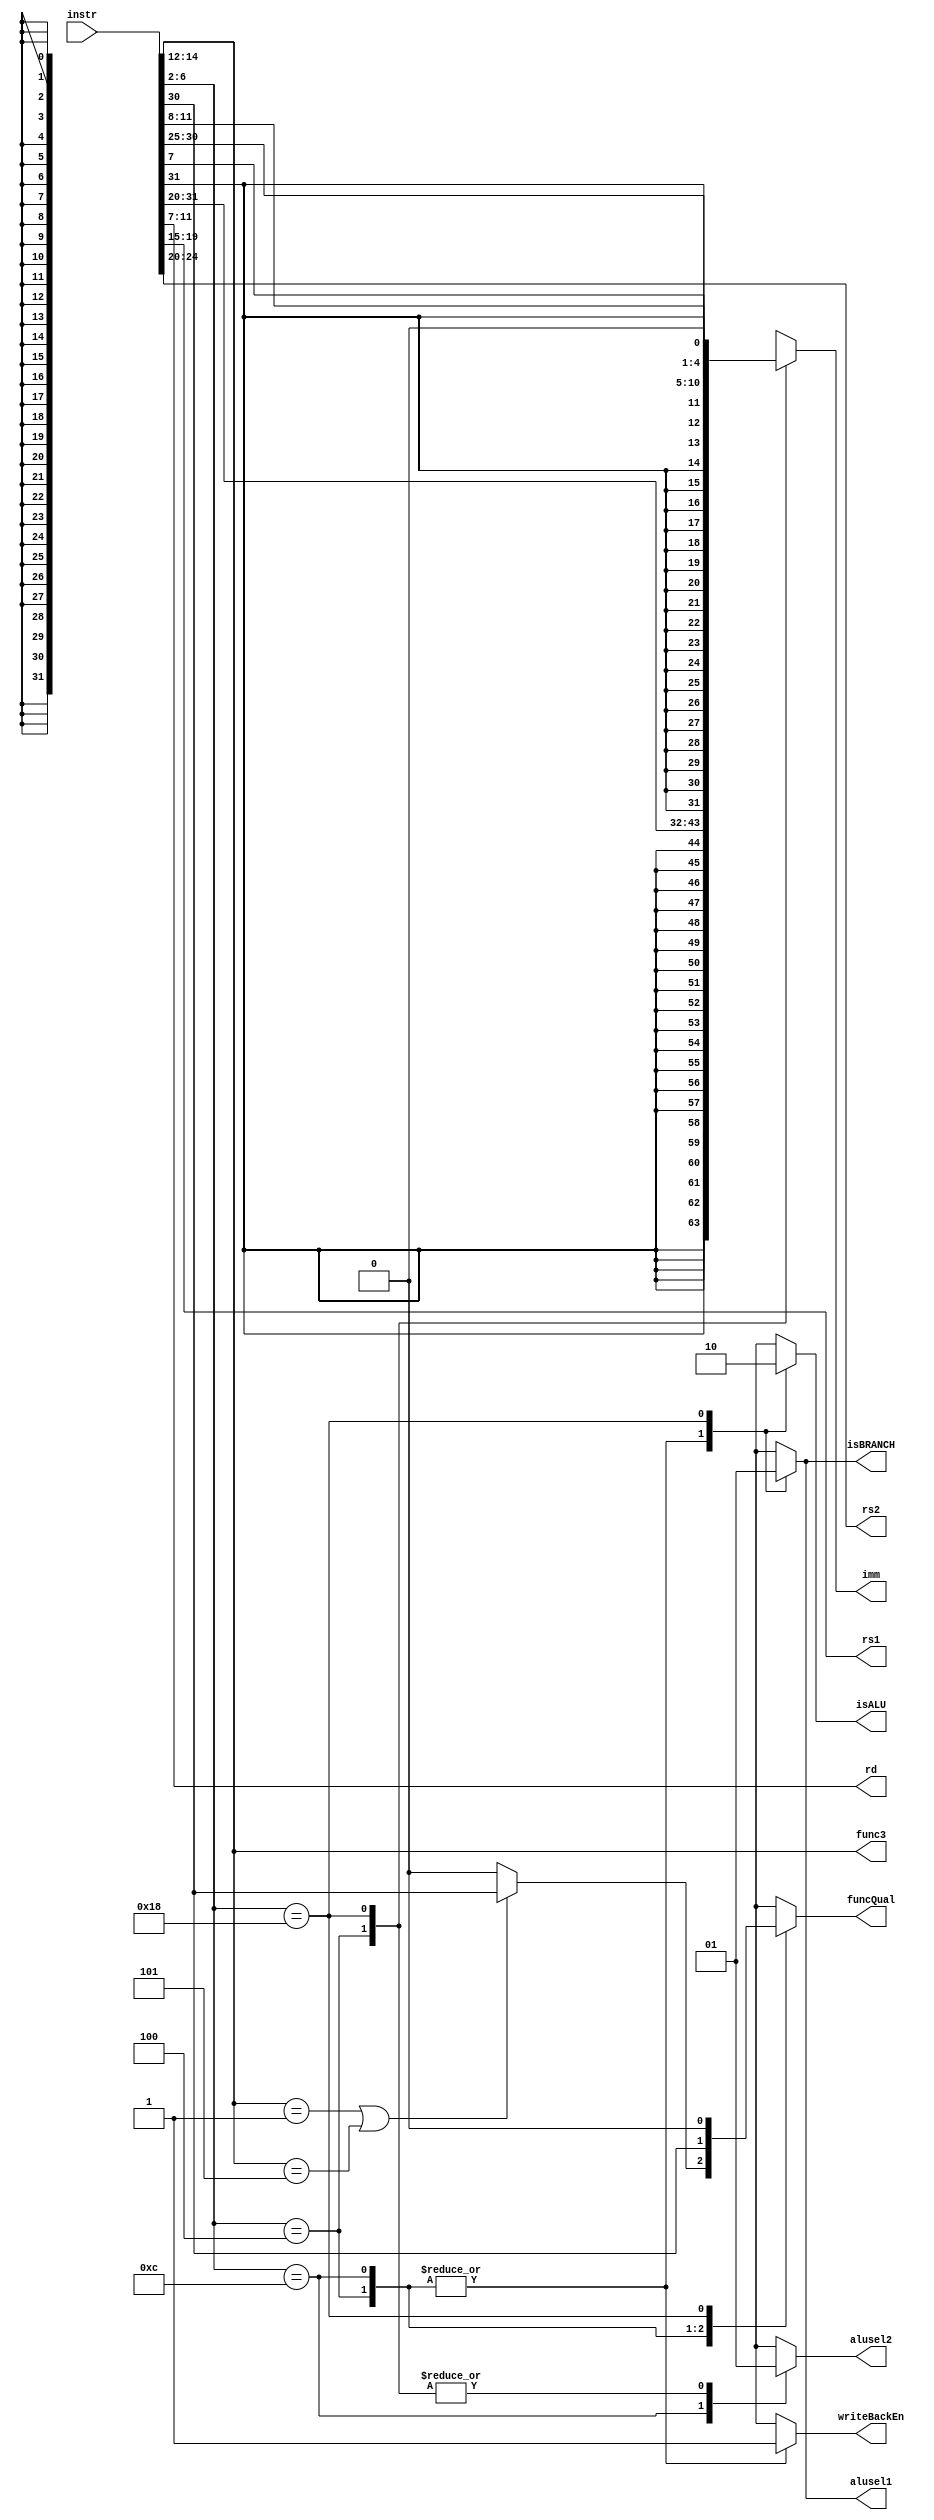
///////////////////////////////////////////
// Module mini_decoder.v   
//                                         
// Info:  Verilog Code for mini decoder
//        Decoder for RISCV
//  
///////////////////////////////////////////

module mini_decoder
(
   input wire [31:0]          instr,          //The instruction to be deocded 
   
   output reg           writeBackEn,          //Asserted when writing to a reg
   output wire [4:0]             rd,          //The register to be written back
   output wire [4:0]            rs1,          //Register output 1
   output wire [4:0]            rs2,          //Register output 2

   output [2:0]               func3,         //Operation done by ALU
   output reg              funcQual,         //Operation Qualifier

   output reg               alusel1,         //   alu sel1        alusel 2  
   output reg               alusel2,         // 0  : Register   0  : Register
                                             // 1  :    PC      1  :    imm 

   output reg                 isALU,         // Control signal for ALU operation
   output reg              isBRANCH,         // Control signal for Branch operation
   output reg [31:0]            imm          //Immediate Value decoded from the instruction
);


    //Decoding:
    assign rd        =  instr[11:7];       //Rd Register
    assign rs1       = instr[19:15];       //Rs1 Register
    assign rs2       = instr[24:20];       //Rs2 Register
    assign func3     = instr[14:12];       //Decides the operation


    //Five Immediate formats:
    wire [31:0] Iimm = {{21{instr[31]}}, instr[30:20]}; 
    wire [31:0] Bimm = {{20{instr[31]}}, instr[7], instr[30:25], instr[11:8], 1'b0};
    //wire [31:0] Jimm = {{12{instr[31]}}, instr[19:12], instr[20], instr[30:21], 1'b0}; 
    //wire [31:0] Simm = {{21{instr[31]}}, instr[30:25], instr[11:7]};
    //wire [31:0] Uimm = {instr[31], instr[30:12], {12{1'b0}}};
    

    //We need to distinguish shifts for two reasons:
    // - For ALU ops with immediate: funcQual is 0
    //   EXCEPT for shifts ALU ops/funcqual :: then it is instr[30]

    wire funcisshift = (func3 == 3'b001) || (func3 == 3'b101);

    /*The rest of instruction decoding, for the following signals:
       WriteBackEn
       funcqual
          alu sel1     |      alusel 2  
        0  : Register  |    0  : Register
        1  :    PC     |    1  :    imm 
    */

    // The Two LSBs are always 11 in the base RV32I instruction set.
    // One can also check for error when these bits are whether or zero or not

    always @(*) begin  

        isALU       = 1'b0;
        isBRANCH    = 1'b0;
        funcQual    = 1'b0;

        alusel1  = 1'bx;
        alusel2  = 1'bx;

        imm      = 32'bx;
        writeBackEn = 1'bx;


        (* parallel_case, full_case *)
        case(instr[6:2])
            5'b00100: begin   // ALU operation: Register,Immediate
                writeBackEn =   1'b1;   //Enables write Back
                funcQual    = funcisshift ? instr[30] : 1'b0;   
                isALU       =   1'b1;   //ALU operation
                alusel1     =   1'b0;   //ALU source 1: register
                alusel2     =   1'b1;   //ALU source 2: Immediate
                imm = Iimm;             // imm format = I
            end

            5'b01100: begin   // ALU operation: Register,Register
                writeBackEn =   1'b1;   //Enables write Back
                funcQual = instr[30];   //Function Qualifier
                isALU       =   1'b1;   //ALU opearation
                alusel1     =   1'b0;   //ALU source 1: register
                alusel2     =   1'b0;   //ALU source 2: register
            end

            5'b11000: begin   // Branch operation: PC + imm_b
                isBRANCH    =   1'b1;   //Branch opearation
                alusel1     =   1'b1;   //ALU source 1: pc
                alusel2     =   1'b1;   //ALU source 2: imm
                imm = Bimm;             // imm format = I
            end
        endcase
    end

    //-----------------------------For Debug---------------------------------
    
    `ifdef DEBUG
        always @(*) begin 
            $display("instr: %b", instr);
            $display("Destination Register:%b", rd);
            $display("Source Register: %b", rs1);
            $display("Source Register: %b", rs2);
            $display("Func3 : %b", func3);
            $display("imm : %b", imm);
        end  
    `endif

endmodule